Report of the veterinary officer investigating camel disease
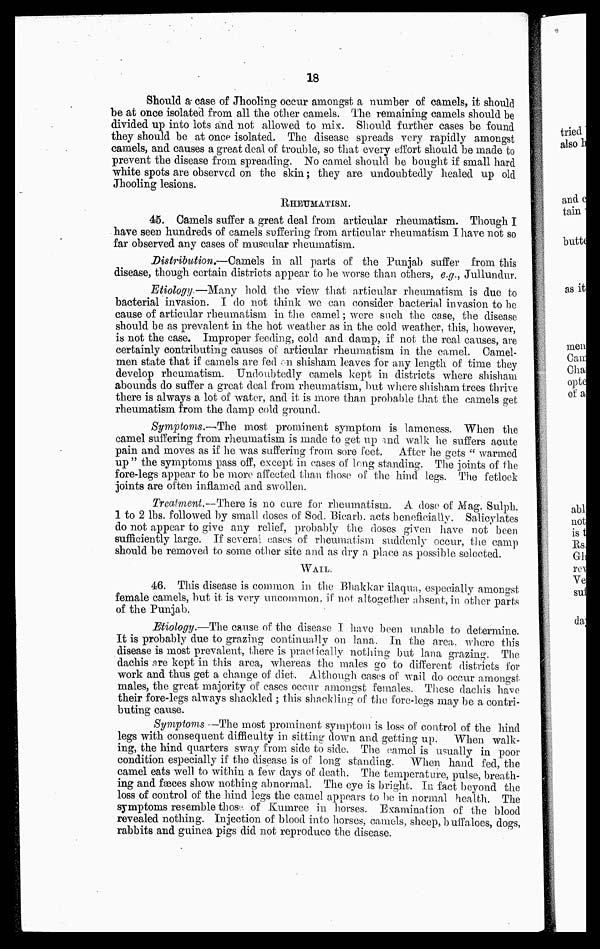
18
Should a case of Jhooling occur amongst a number of camels, it should
be at once isolated from all the other camels. The remaining camels should be
divided up into lots and not allowed to mix. Should further cases be found
they should be at once isolated. The disease spreads very rapidly amongst
camels, and causes a great deal of trouble, so that every effort should be made to
prevent the disease from spreading. No camel should be bought if small hard
white spots are observed on the skin ; they are undoubtedly healed up old
Jhooling lesions.
RHEUMATISM.
45. Camels suffer a great deal from articular rheumatism. Though I
have seen hundreds of camels suffering from articular rheumatism I have not so
far observed any cases of muscular rheumatism.
Distribution,—Camels in all parts of the Punjab suffer from this
disease, though certain districts appear to be worse than others, e.g., Jullundur.
Etiology—Many hold the view that articular rheumatism is due to
bacterial invasion. I do not think we can consider bacterial invasion to be
cause of articular rheumatism in the camel ; were such the case, the disease
should be as prevalent in the hot weather as in the cold weather, this, however,
is not the case. Improper feeding, cold and damp, if not the real causes, are
certainly contributing causes of articular rheumatism in the camel. Camel-
men state that if camels are fed on shisham leaves for any length of time they
develop rheumatism. Undoubtedly camels kept in districts where shisham
abounds do suffer a great deal from rheumatism, but where shisham trees thrive
there is always a lot of water, and it is more than probable that the camels get
rheumatism from the clamp cold ground.
Symptoms.—The most prominent symptom is lameness. When the
camel suffering from rheumatism is made to get up and walk he suffers acute
pain and moves as if he was suffering from sore feet. After he gets " warmed
up" the symptoms pass off, except in cases of long standing. The joints of the
fore-legs appear to be more affected than those of the hind legs. The fetlock
joints are often inflamed and swollen.
Treatment.—There is no cure for rheumatism. A dose of Mag. Sulph.
1 to 2 lbs. followed by small doses of Sod. Bicarb, acts beneficially. Salicylates
do not appear to give any relief, probably the doses given have not been
sufficiently large. If several cases of rheumatism suddenly occur, the camp
should be removed to some other site and as dry a place as possible selected.
WALL.
46. This disease is common in the Bhakkar ilaqua, especially amongst
female camels, but it is very uncommon, if not altogether absent, in other parts
of the Punjab.
Etiology.—The cause of the disease I have been unable to determine.
It is probably due to grazing continually on lana. In the area, where this
disease is most prevalent, there is practically nothing but lana grazing. The
dachis are kept in this area, whereas the males go to different districts for
work and thus get a change of diet. Although cases of wail do occur amongst
males, the great majority of cases occur amongst females. These dachis have
their fore-legs always shackled ; this shackling of the fore-legs may be a contri-
buting cause.
Symptoms —The most prominent symptom is loss of control of the hind
legs with consequent difficulty in sitting down and getting up.
When walk-
ing, the hind quarters sway from side to side. The camel is usually in poor
condition especially if the disease is of long standing. When hand fed, the
camel eats well to within a few days of death. The temperature, pulse, breath-
ing and fæces show nothing abnormal. The eye is bright. In fact beyond the
loss of control of the hind legs the camel appears to be in normal health. The
symptoms resemble those of Kumree in horses. Examination of the blood
revealed nothing. Injection of blood into horses, camels, sheep, buffaloes, dogs,
rabbits and guinea pigs did not reproduce the disease.